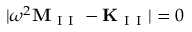
| \omega ^ { 2 } \mathbf { M } _ { \mathrm { ~ I ~ I ~ } } - \mathbf { K } _ { \mathrm { ~ I ~ I ~ } } | = 0